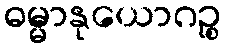
ဓမ္မာနုယောဂဉ္စ